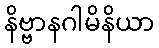
နိဗ္ဗာနဂါမိနိယာ